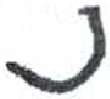
אות: נ